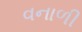
વનાળી